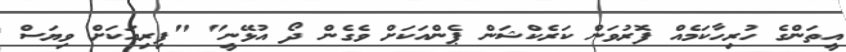
އީތަންގެ ހުރިހާކަމެއް ފޮރުވަން ކަރެކްޝަން ޕެންއަކަށް ވެގެން ދޯ އުޅޭނީ" "ފިރިއަކަށް ވިޔަސް